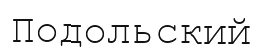
Подольский